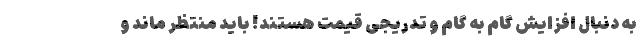
به دنبال افزایش گام به گام و تدریجی قیمت هستند! باید منتظر ماند و